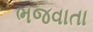
ભજવાતા